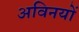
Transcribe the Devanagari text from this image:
अविनयों